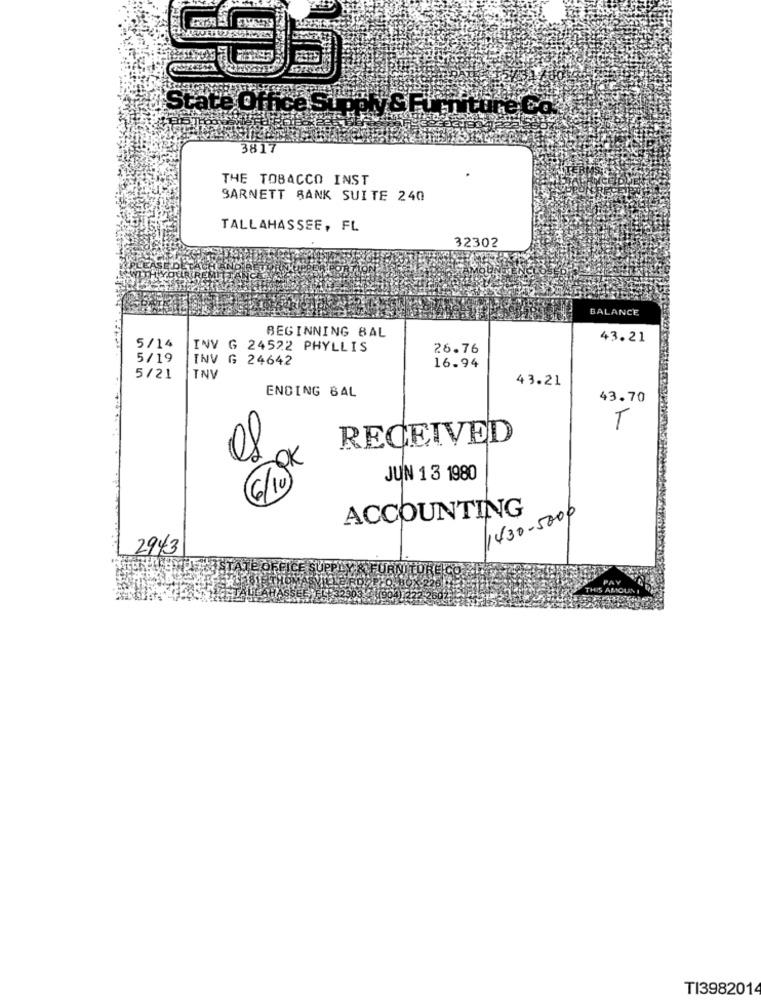
State Office Stgely S FinitureC
THE TOBACCO INST
BARNETT BANK SUITE 240
TALLAHASSEE, FL
32302
BALANCE
BEGINNING BAL
43.21
5/14
INV G 24522 PHYLLIS
26.76
5/19
INV G 24642
16.94
5/21
TNV
43.21
ENDING BAL
43.70
T
RECEIVED
JUN 13 1980
ACCOUNTING
1430-5000
2943
TI3982014